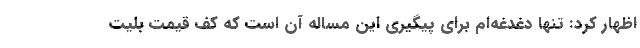
اظهار کرد: تنها دغدغه‌ام برای پیگیری این مساله آن است که کف قیمت بلیت